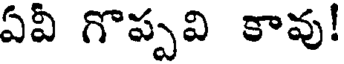
ఏవి గొప్పవి కావు!